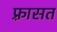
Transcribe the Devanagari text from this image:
फ़्रासत